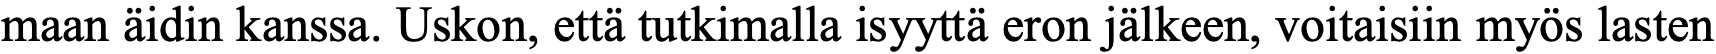
maan äidin kanssa. Uskon, että tutkimalla isyyttä eron jälkeen, voitaisiin myös lasten